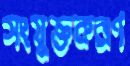
সংযুক্তকরণ